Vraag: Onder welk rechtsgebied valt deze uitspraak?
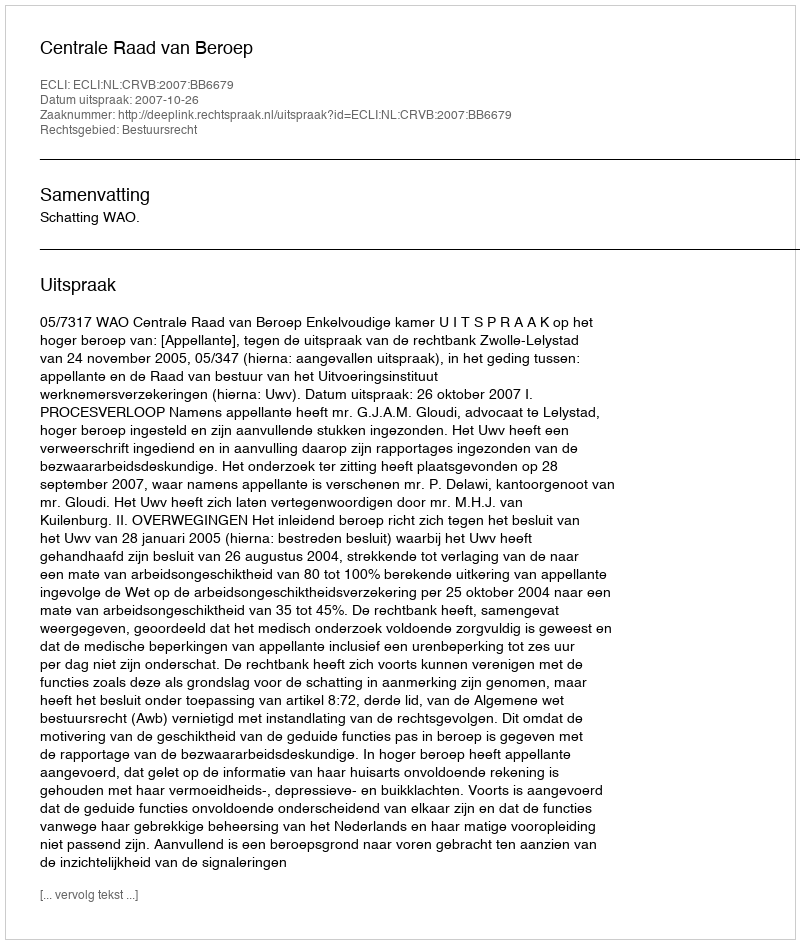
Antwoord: Bestuursrecht